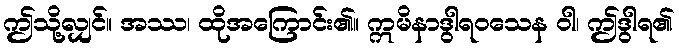
ဤသို့လျှင်။ အဿ၊ ထိုအကြောင်း၏။ ဣမိနာဒွါရဝသေန ဝါ၊ ဤဒွါရ၏